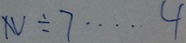
N \div 7 \cdots 4